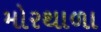
મોરથાળા